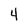
Character: 4